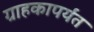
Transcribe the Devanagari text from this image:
ग्राहकापर्यंत